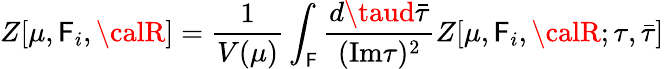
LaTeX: Z[\mu,\mathsf{F}_{i},{\calR}]=\frac{{1}}{{V(\mu)}}\int_{\cal\mathsf{F}}\frac{{d\taud{\bar{{\tau}}}}}{{(\mathrm{{Im}}\tau)^{2}}}Z[\mu,\mathsf{F}_{i},{\calR};\tau,{\bar{{\tau}}}]